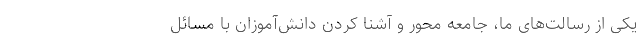
یکی از رسالت‌‌های ما، جامعه محور و آشنا کردن دانش‌آموزان با مسائل